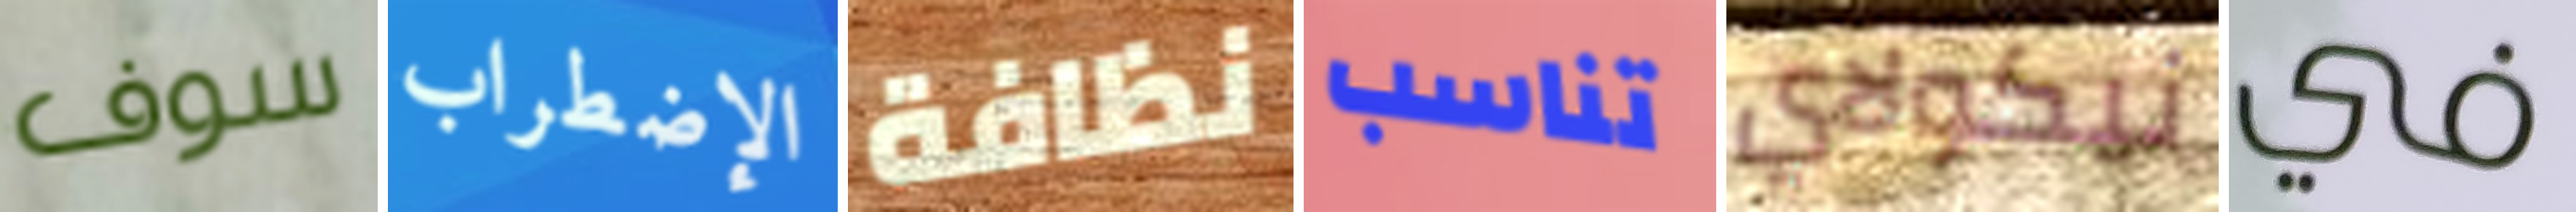
سوف الإضطراب نظافة تناسب نيكولاي في